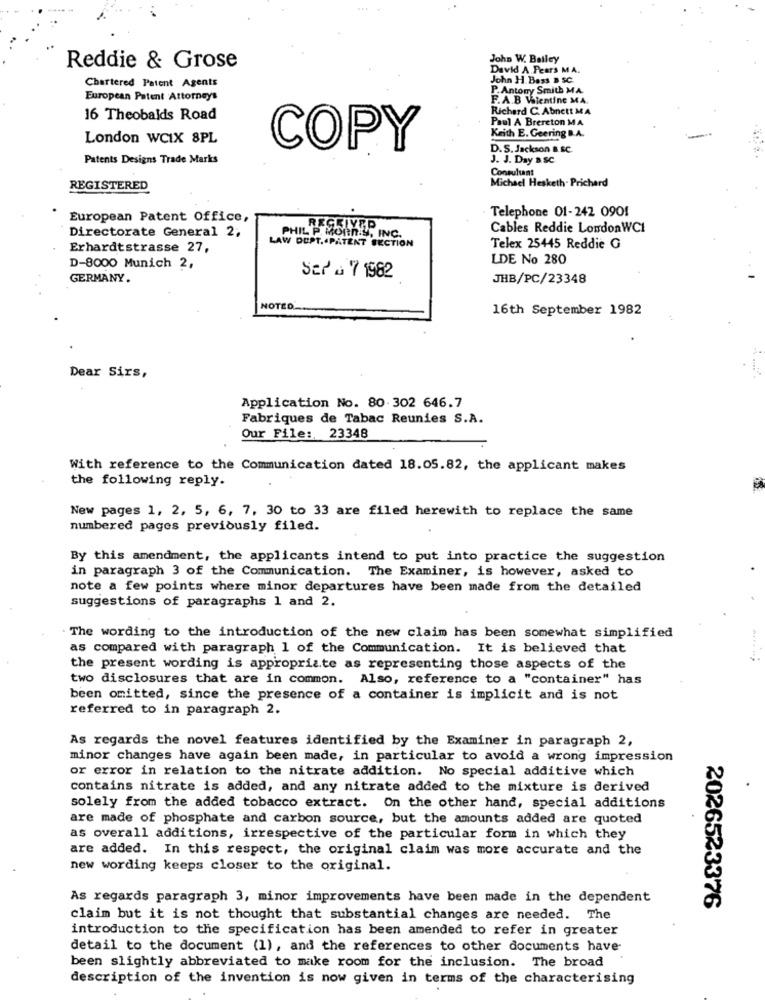
John W. Bailey
Reddie & Grose
David A.Pears MA.
Chartered Patent Agents
John H. Bass D SC.
P. Antony Smith MA.
European Patent Attorneys
F.A.B Vientine MA.
Richard C. Abnett MA
16 Theobalds Road
Paul A Brereton MA
London WCIX 8PL
Keith E. Geering B.A.
COPY
D.S. Jackson B.SC.
Patents Designs Trade Marks
J. J. Day B.SC
Consultant
Michael Hesketh- Prichard
REGISTERED
Telephone 01-242 0901
European Patent Office,
Directorate General 2;
RECEIVED
Cables Reddie LondonWCI
PHIL P. MORn.y, INC.
Erhardtstrasse 27,
LAW DUPT. PATENT SECTION
Telex 25445 Reddie G
LDE No 280
D-8000 Munich 2,
GERMANY.
Ser a 7 1982
JHB/PC/23348
NOTED'
16th September 1982
Dear Sirs,
Application No. 80-302 646.7
Fabriques de Tabac Reunies S.A.
Our File: 23348
With reference to the Communication dated 18.05.82, the applicant makes
the following reply.
New pages 1, 2, 5, 6, 7, 30 to 33 are filed herewith to replace the same
numbered pages previously filed.
By this amendment, the applicants intend to put into practice the suggestion
in paragraph 3 of the Communication. The Examiner, is however, asked to
note a few points where minor departures have been made from the detailed
suggestions of paragraphs 1 and 2.
. The wording to the introduction of the new claim has been somewhat simplified
as compared with paragraph 1 of the Communication. It is believed that
the present wording is appropriate as representing those aspects of the
two disclosures that are in common. Also, reference to a "container" has
been omitted, since the presence of a container is implicit and is not
referred to in paragraph 2.
As regards the novel features identified by the Examiner in paragraph 2,
minor changes have again been made, in particular to avoid a wrong impression
or error in relation to the nitrate addition. No special additive which
contains nitrate is added, and any nitrate added to the mixture is derived
solely from the added tobacco extract. On the other hand, special additions
are made of phosphate and carbon source, but the amounts added are quoted
as overall additions, irrespective of the particular form in which they
are added. In this respect, the original claim was more accurate and the
new wording keeps closer to the original.
As regards paragraph 3, minor improvements have been made in the dependent
2026523376
claim but it is not thought that substantial changes are needed. The
introduction to the specification has been amended to refer in greater
detail to the document (1), and the references to other documents have-
been slightly abbreviated to make room for the inclusion. The broad
description of the invention is now given in terms of the characterising